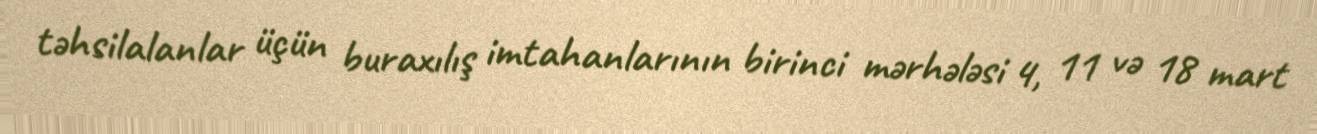
təhsilalanlar üçün buraxılış imtahanlarının birinci mərhələsi 4, 11 və 18 mart